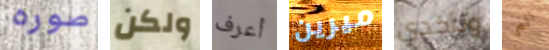
صوره ولكن أعرف ميرين وتأكدي الم